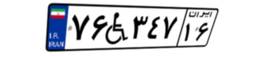
۰۷W۰۱۵۹۵